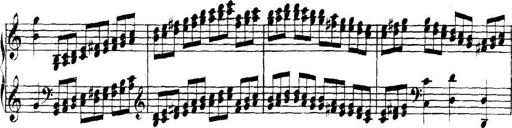
Title: Collected Piano Sonatas
Composer: Muzio Clementi